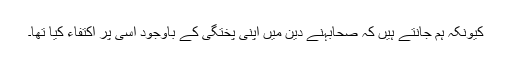
کیونکہ ہم جانتے ہیں کہ صحابہنے دین میں اپنی پختگی کے باوجود اسی پر اکتفاء کیا تھا۔